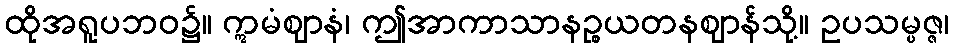
ထိုအရူပဘဝ၌။ ဣမံဈာနံ၊ ဤအာကာသာနဉ္စယတနဈာန်သို့။ ဥပသမ္ပဇ္ဇ၊